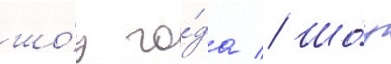
шо́у го́да // Шо́у